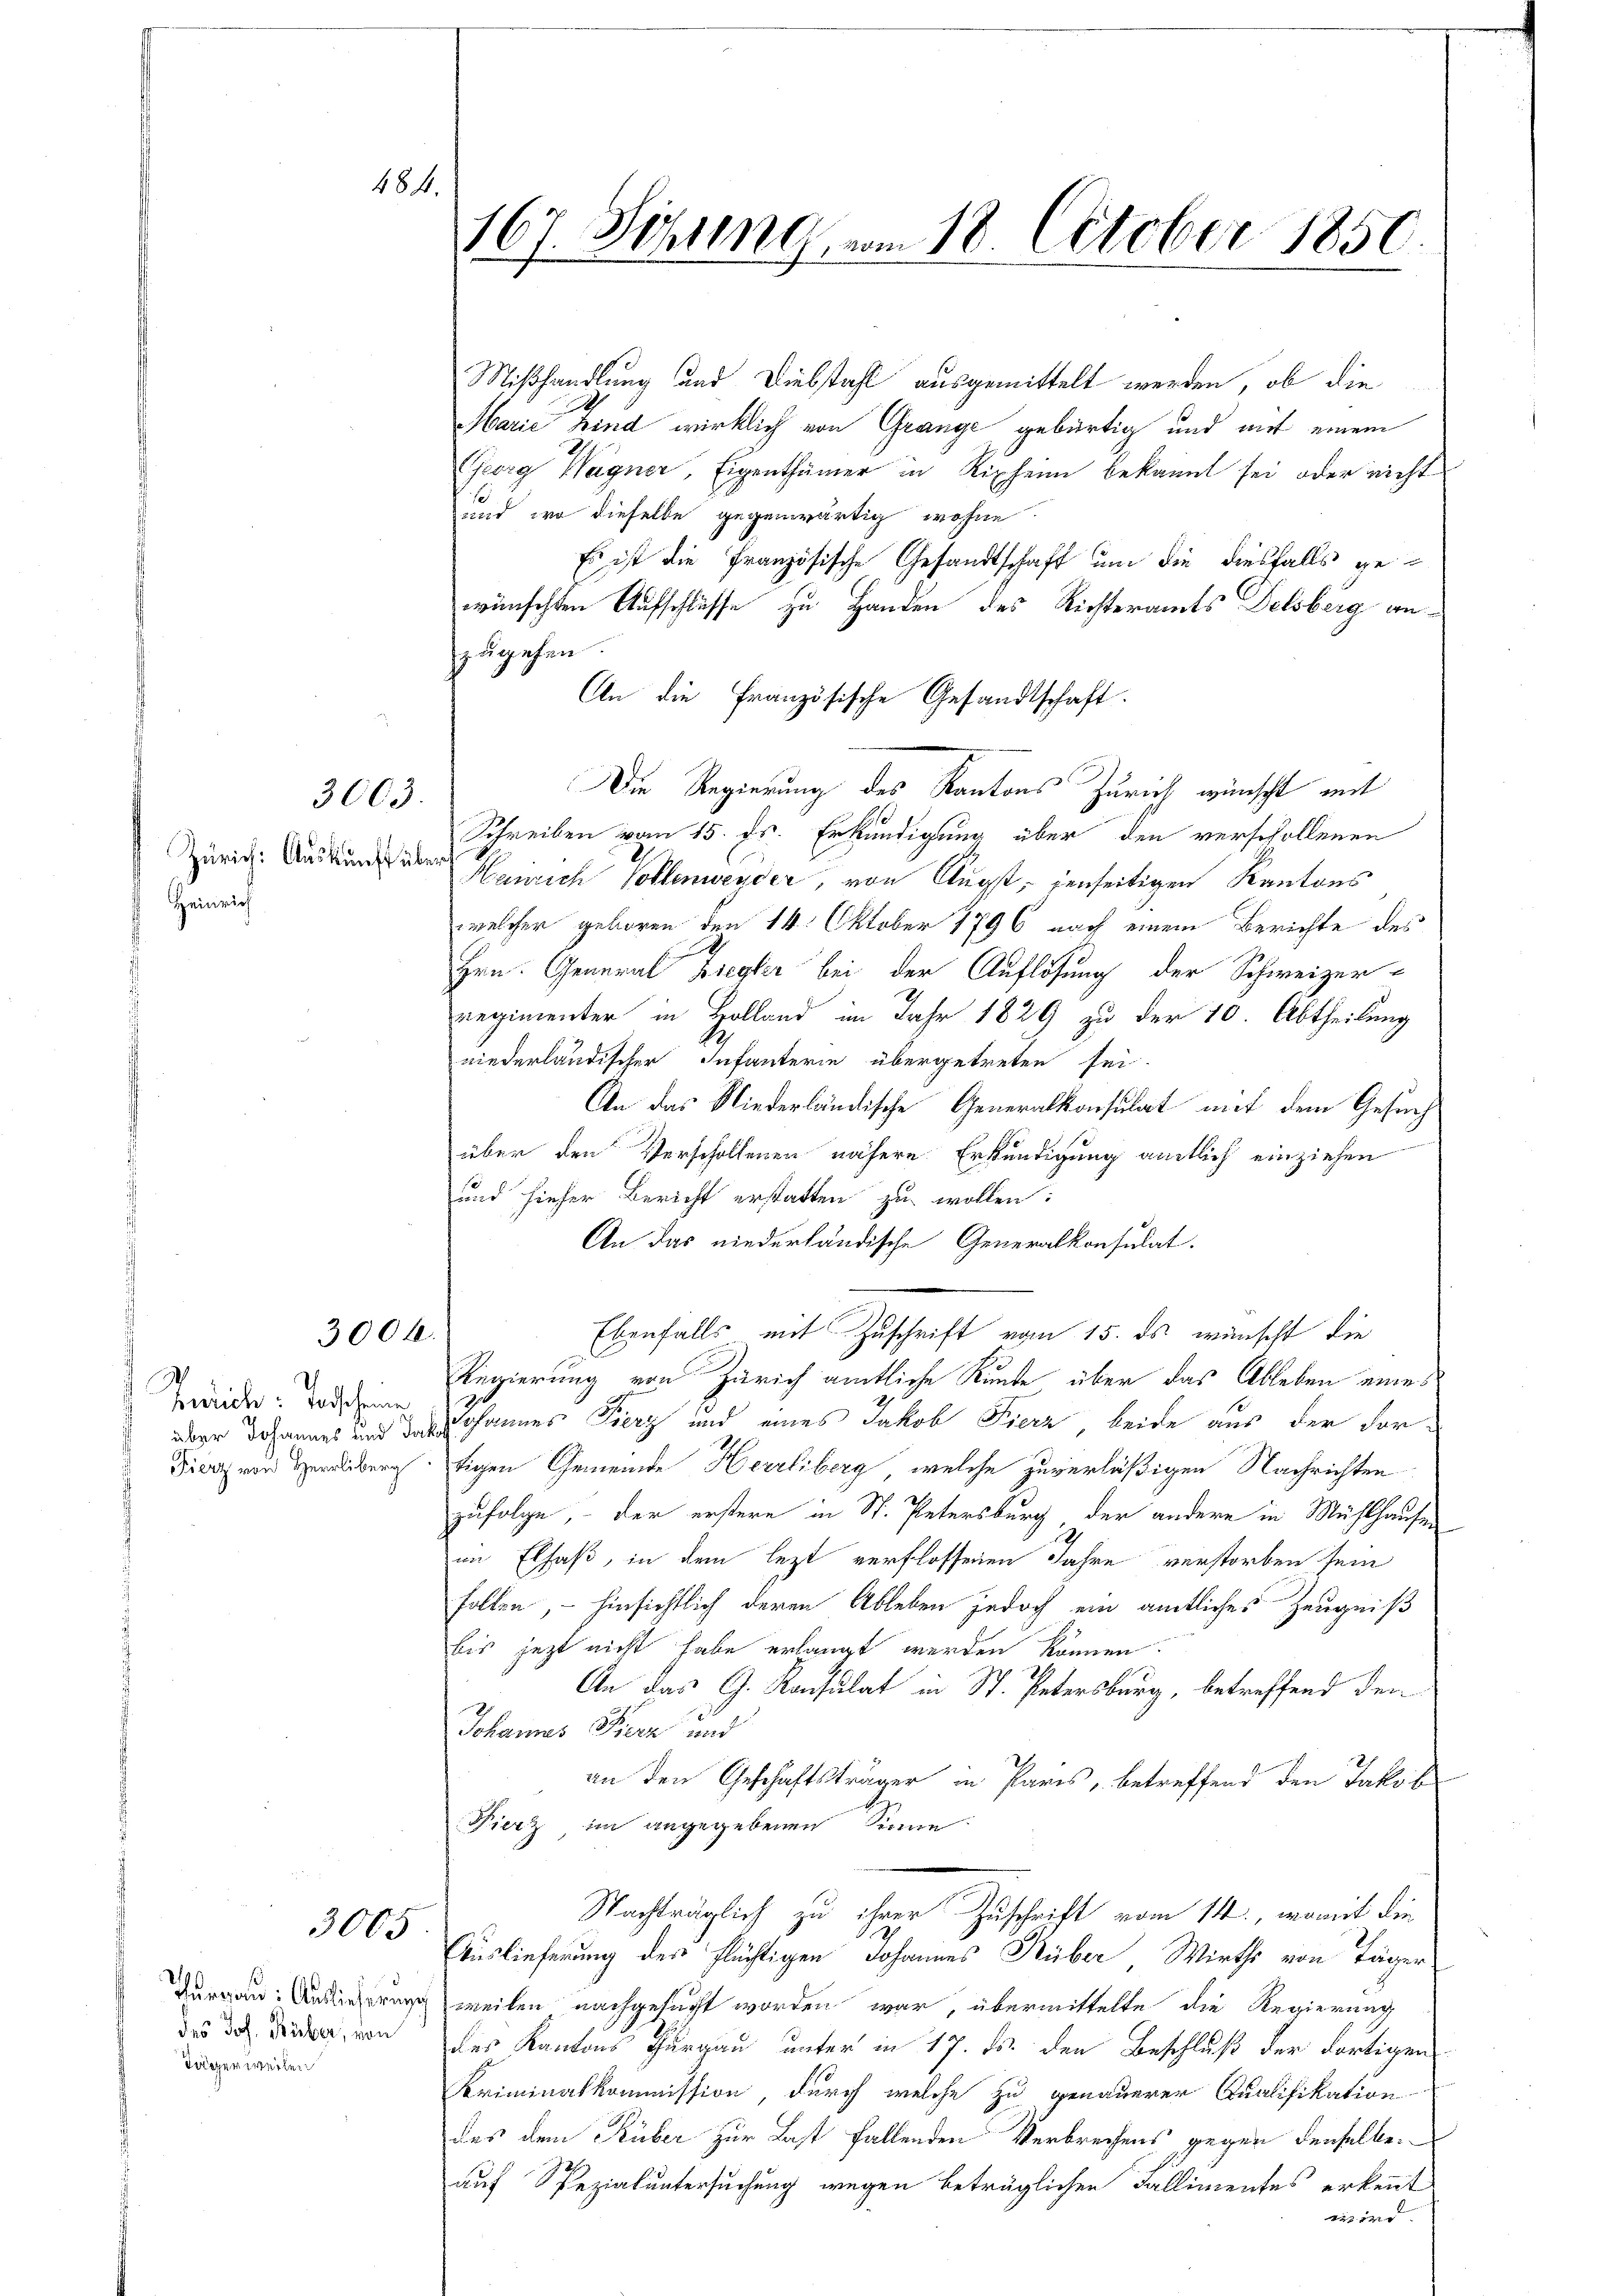
Zürich: Auskunft über
Heinrich

3003.

3004.

Zürich: Todscheine

3005

des Joh. Huber, von
Tägerweilen

484.

167. Seling vom 18. October 1850

Mißhandlung und Diebstahl ausgemittelt werden, ob die
x
Marie kind wirklich von Grange gebürtig und mit einem
Georg Wagner, Eigenthümer in Ripheim bekannt sei oder nicht
und wo dieselbe gegenwärtig wohne
Es ist die Französische Gesandtschaft um die diesfalls gewünschten Aufschlüsse zu Handen des Richteramts Delsberg anzugehen.
An die Französische Gesandtschaft.
Die Regierung des Kantons Zürich wünscht mit
Schreiben vom 15. Js. Erkundigung über den verschollenen
Henrich Vollenweider, von Augst, denseitigen Kantons
welcher geboren den 14. Oktober 1796 nach einem Berichte des
Hrn. General Ziegler bei der Auflösung der Schweizer-
regimenter in Holland im Jahr 1829 zu der 10. Abtheilung
niederländischer Infanterie übergetreten sei.
An das Niederländische Generalkonsulat mit dem Gesuch
über den Verscholtenen nähere Erkundigung amtlich einziehen
und hieher Bericht erstatten zu wollen:
An das niederländische Generalkonsulat.
Ebenfalls mit Zuschrift vom 15. ds. wünscht die
Regierung von Zürich amtliche Kunde über das Ableben eines
aber Johannes und Johannes Fierz und eines Jakob Fierz beide aus der For¬
Fierz von Herreibung. Eigen Gemeinde Herrliberg, welche zuverläßigen Nachrichten
zufolge, – der erstere in St. Petersburg, der andere in Mühlhausen
im Elsaß, in dem lezt verflossenen Jahre verstorben sein
Follen, – hinsichtlich deren Ableben jedoch ein amtliches Zeugniß
bis jetzt nicht habe erlangt werden können.
An das G. Konsulat in St. Petersburg, betreffend den
Johannes Fierz und
an den Geschäftsträger in Paris, betreffend den Jakob
Fierz, im angegebenen Sinne:
Nachträglich zu ihrer Zuschrift vom 14., womit die
i
Auslieferung des Flüchtigen Johannes Rüber, Wirths von Täger
Durgau: Auslieferung weilen nachgesucht worden war, übermittelte die Regierung
des Kantons Thurgau unter in 17. ds. den Beschluß der dortigen
Criminalkommission, durch welche zu genauerer Qualifikation
des dem Rüber zur Last fallenden Verbrechens gegen denselbe
auf Pezialuntersuchung wegen beträglichen Fallimentes erkennt
wird